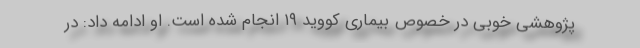
پژوهشی خوبی در خصوص بیماری کووید ۱۹ انجام شده است. او ادامه داد: در